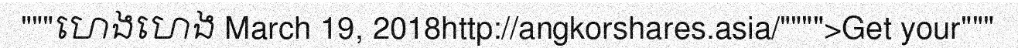
"""ហេងហេង March 19, 2018http://angkorshares.asia/"""">Get your"""